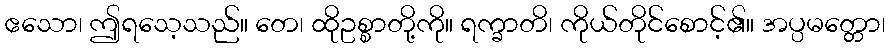
ဧသော၊ ဤရသေ့သည်။ တေ၊ ထိုဥစ္စာတို့ကို။ ရက္ခာတိ၊ ကိုယ်တိုင်စောင့်၏။ အပ္ပမတ္တော၊